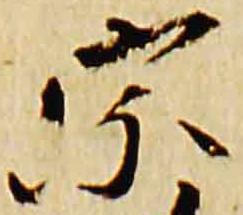
宗